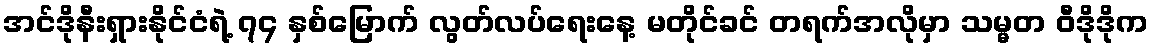
အင်ဒိုနီးရှားနိုင်ငံရဲ့ ၇၄ နှစ်မြောက် လွတ်လပ်ရေးနေ့ မတိုင်ခင် တရက်အလိုမှာ သမ္မတ ဝီဒိုဒိုက